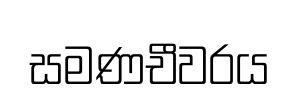
සමණචීවරය